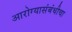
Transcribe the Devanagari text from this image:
आरोग्यासंबंधीचा